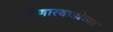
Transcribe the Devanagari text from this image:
लोणारवाडीच्या